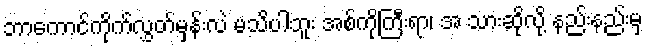
ဘာကောင်ကိုက်လွှတ်မှန်းလဲ မသိပါဘူး အစ်ကိုကြီးရာ၊ အ သားဆိုလို့ နည်းနည်းမှ